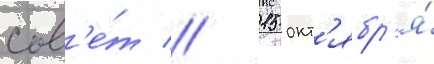
сов'е́т // 15 окт'ябр'я́